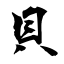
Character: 貝